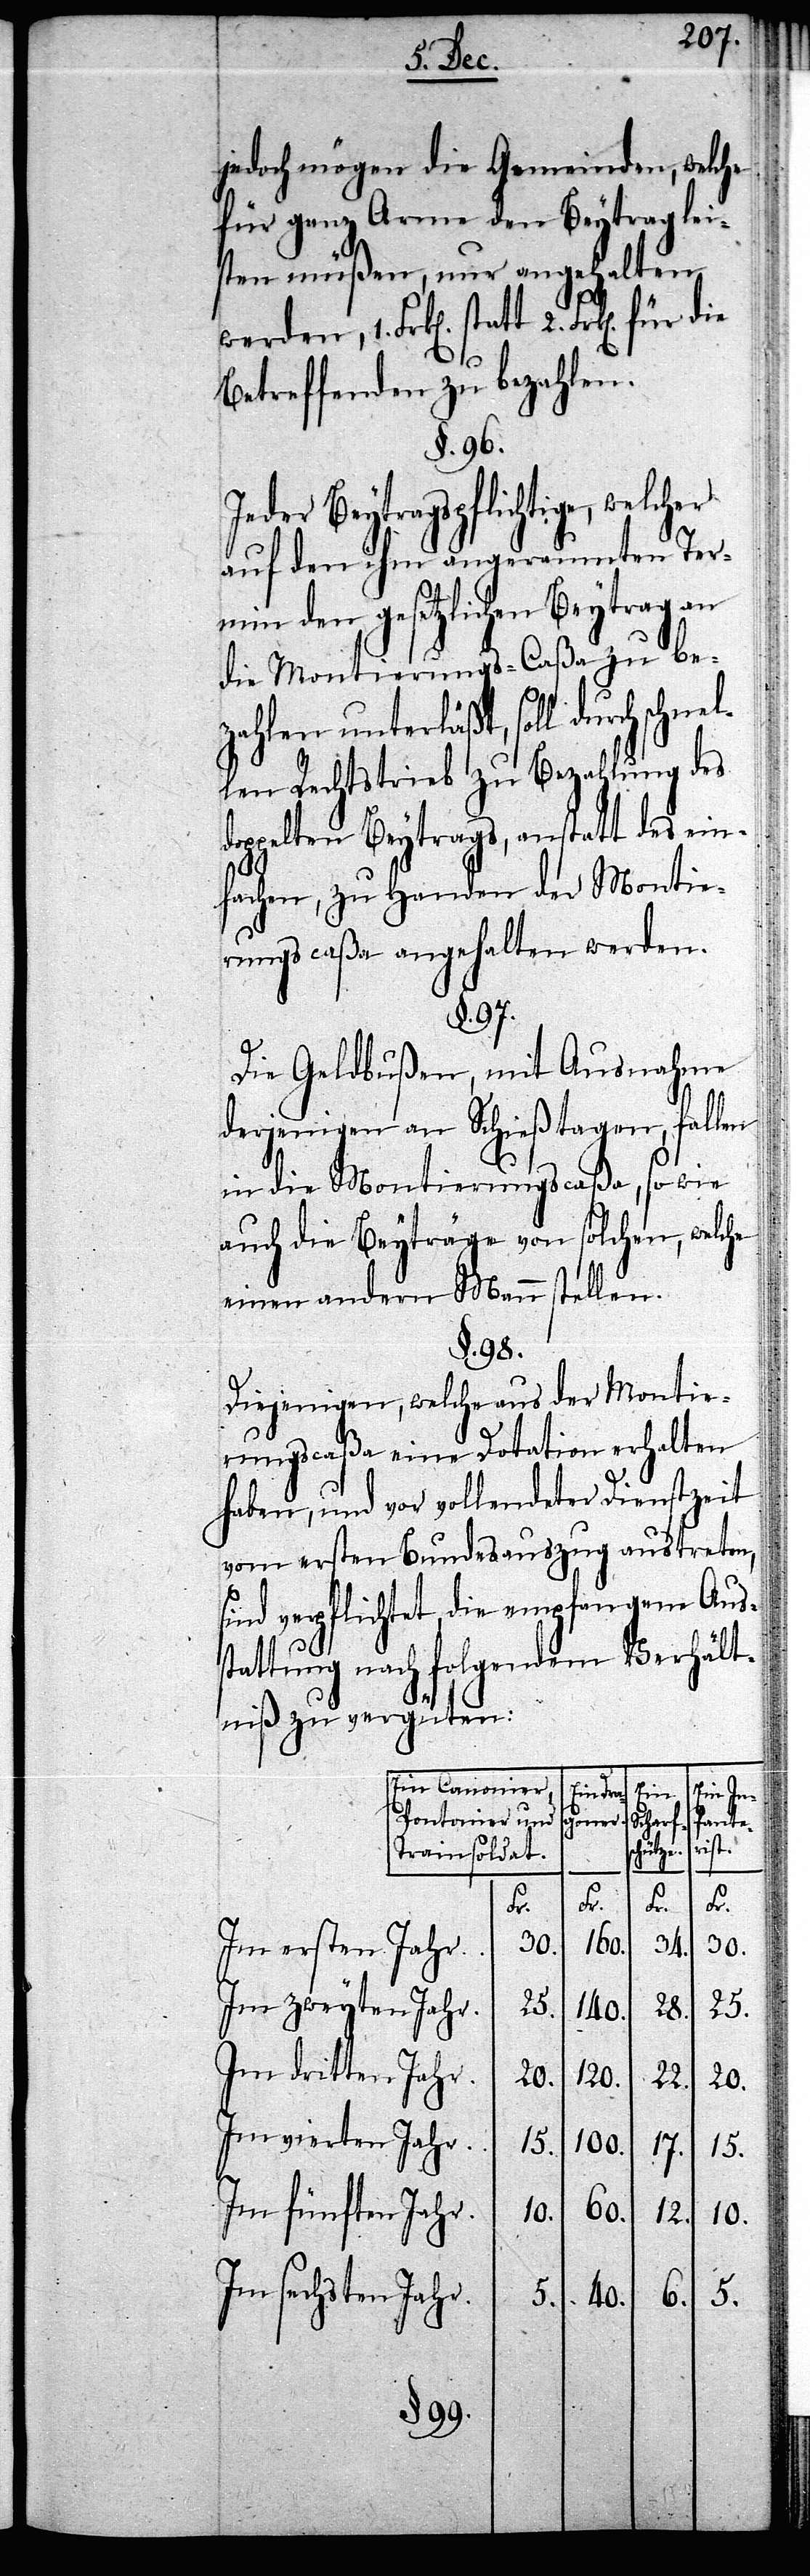
jedoch mögen die Gemeinden, welche
für ganz Arme den Beytrag lei¬
sten müßen, nur angehalten
Betreffenden zu bezahlen.
§. 96.
Jeder Beytragspflichtige, welcher
auf den ihm angeraumten Ter¬
min den gesetzlichen Beytrag an
die Montierungs-Caßa zu be¬
zahlen unterläßt, soll durch schnel¬
len Rechtstrieb zu Bezahlung des
doppelten Beytrags, anstatt des ein¬
fachen, zu Handen der Montie¬
rungscaßa angehalten werden.
§. 97.
Die Geldbußen, mit Ausnahme
derjenigen an Schießtagen, fallen
in die Montierungscaßa, so wie
auch die Beyträge von solchen, welche
einen andern Mann stellen.
§. 98.
Diejenigen, welche aus der Montie¬
rungscaßa eine Dotation erhalten
haben, und vor vollendeter Dienstzeit
vom ersten Bundesauszug austreten,
sind verpflichtet, die empfangene Aus¬
stattung nach folgendem Verhält¬
niß zu vergüten:
Ein Canonier,
Ein
Pontonier und
In¬
fanter¬
Scharf¬
ist.
hütze.
Trainsoldat
Fr.
Fr.
Fr.
Fr.
30.
34.
160.
Im ersten Jahr.
Im zweyten Jahr.
Drag¬
28.
25.
140.
Im dritten Jahr.
20.
22.
120.
20.
Im vierten Jahr.
15.
100.
17.
15.
Im fünften Jahr.
60.
10.
12.
10.
Im sechsten Jahr.
6.
5.
40.